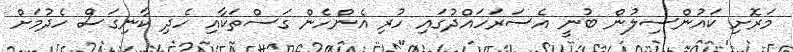
މަރޮށި ކައުންސިލުން ބުނީ އެސަރަހައްދުގައި ހުރި އެންހެން ގަސްތަކާއި ހެދި ކާނިގަސް ހެދުމަށް